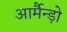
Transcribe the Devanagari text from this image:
आर्मैन्ड़ो